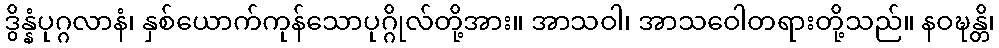
ဒွိန္နံပုဂ္ဂလာနံ၊ နှစ်ယောက်ကုန်သောပုဂ္ဂိုလ်တို့အား။ အာသဝါ၊ အာသဝေါတရားတို့သည်။ နဝဍ္ဎန္တိ၊